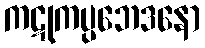
ကဋုကပ္ပဘေဒနော